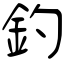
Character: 釣